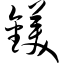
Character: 镁